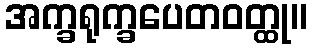
အက္ခရုက္ခပေတဝတ္ထု။